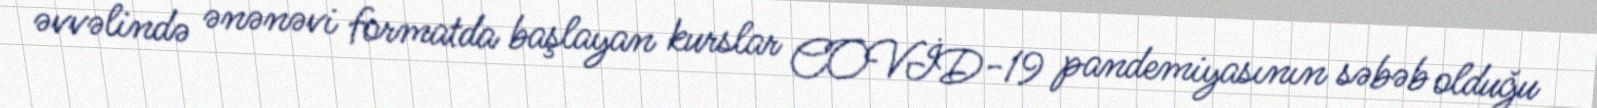
əvvəlində ənənəvi formatda başlayan kurslar COVİD-19 pandemiyasının səbəb olduğu